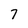
Character: 7